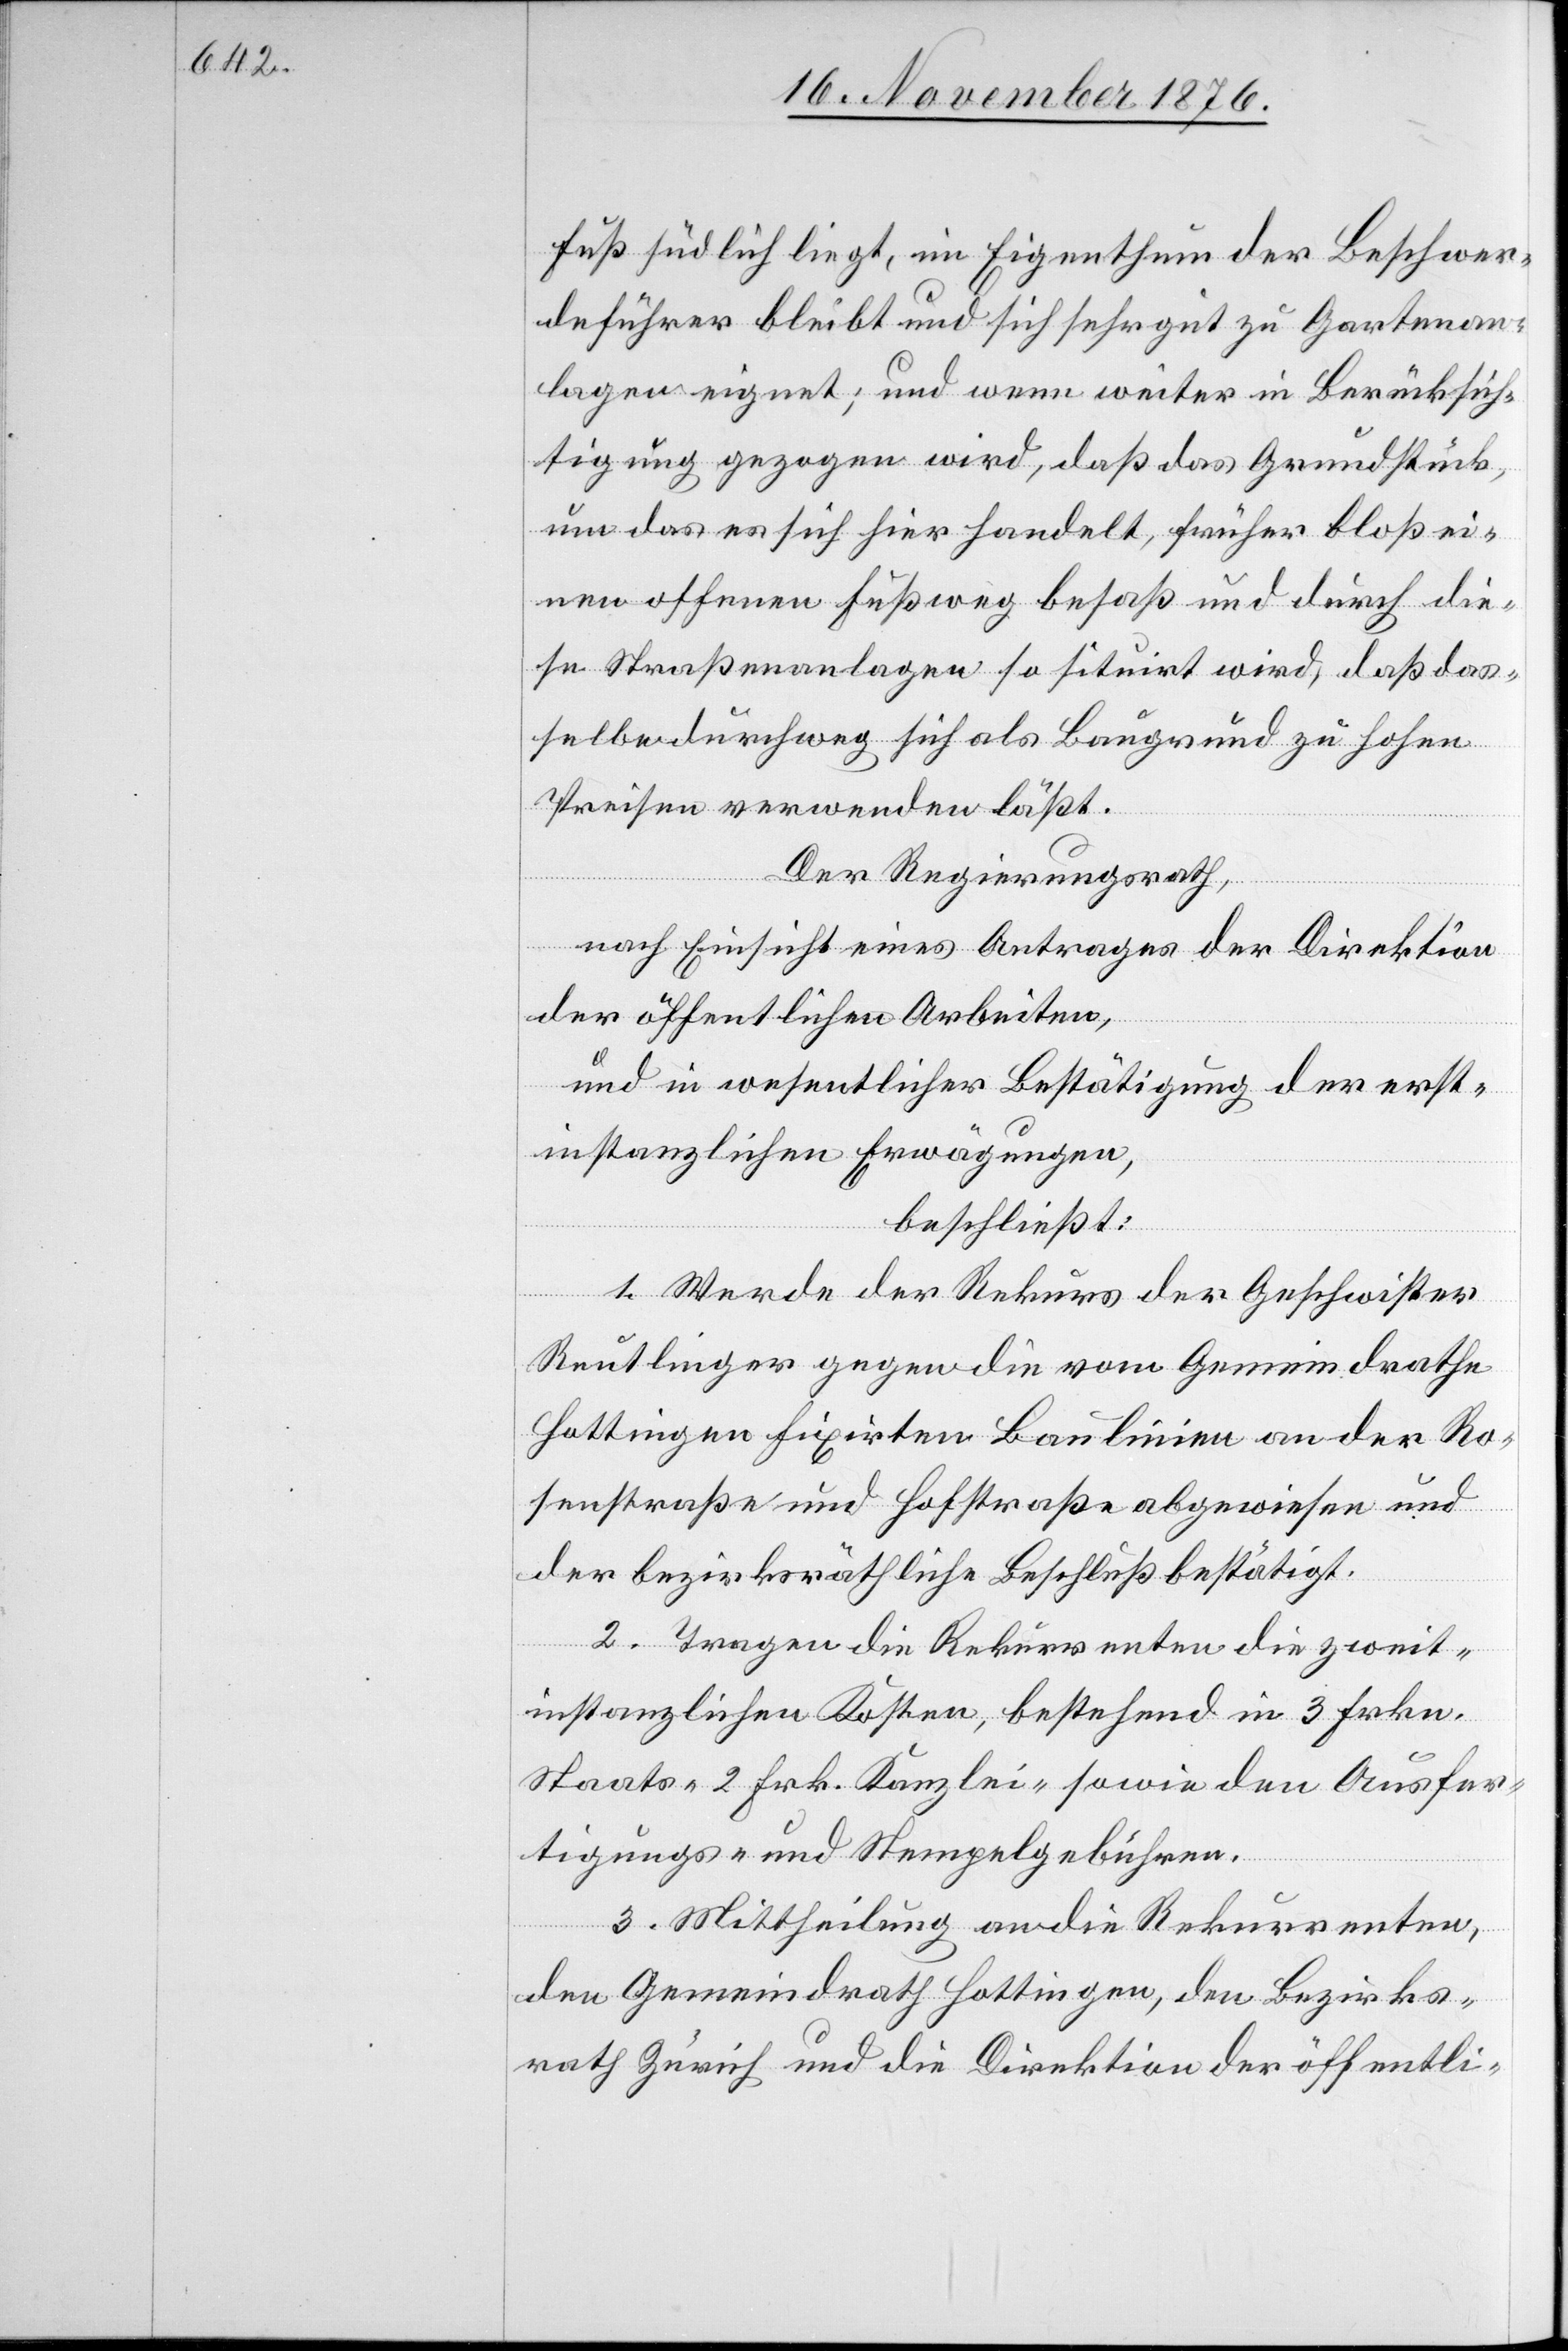
Fuß südlich liegt, im Eigenthum der Beschwer¬
deführer bleibt und sich sehr gut zu Gartenan¬
lagen eignet; und wenn weiter in Berücksich¬
tigung gezogen wird, daß das Grundstück,
um das es sich hier handelt, früher bloß ei¬
nen offenen Fußweg besaß und durch die¬
se Straßenanlagen so situirt wird, daß das¬
selbe durchweg sich als Baugrund zu hohen
Preisen verwenden läßt.
Der Regierungsrath,
nach Einsicht eines Antrages der Direktion
der öffentlichen Arbeiten,
und in wesentlicher Bestätigung der erst¬
instanzlichen Erwägungen,
beschließt:
1. Werde der Rekurs der Geschwister
Reutlinger gegen die vom Gemeindrathe
Hottingen fixirten Baulinien an der Ro¬
senstraße und Hofstraße abgewiesen und
der bezirksräthliche Beschluß bestätigt.
2. Tragen die Rekurrenten die zweit¬
instanzlichen Kosten, bestehend in 3 Frk.
Staats- 2 Frk. Kanzlei- nebst den Ausfer¬
tigungs- und Stempelgebühren.
3. Mittheilung an die Rekurrenten,
den Gemeindrath Hottingen, den Bezirks¬
rath Zürich und die Direktion der öffentli-